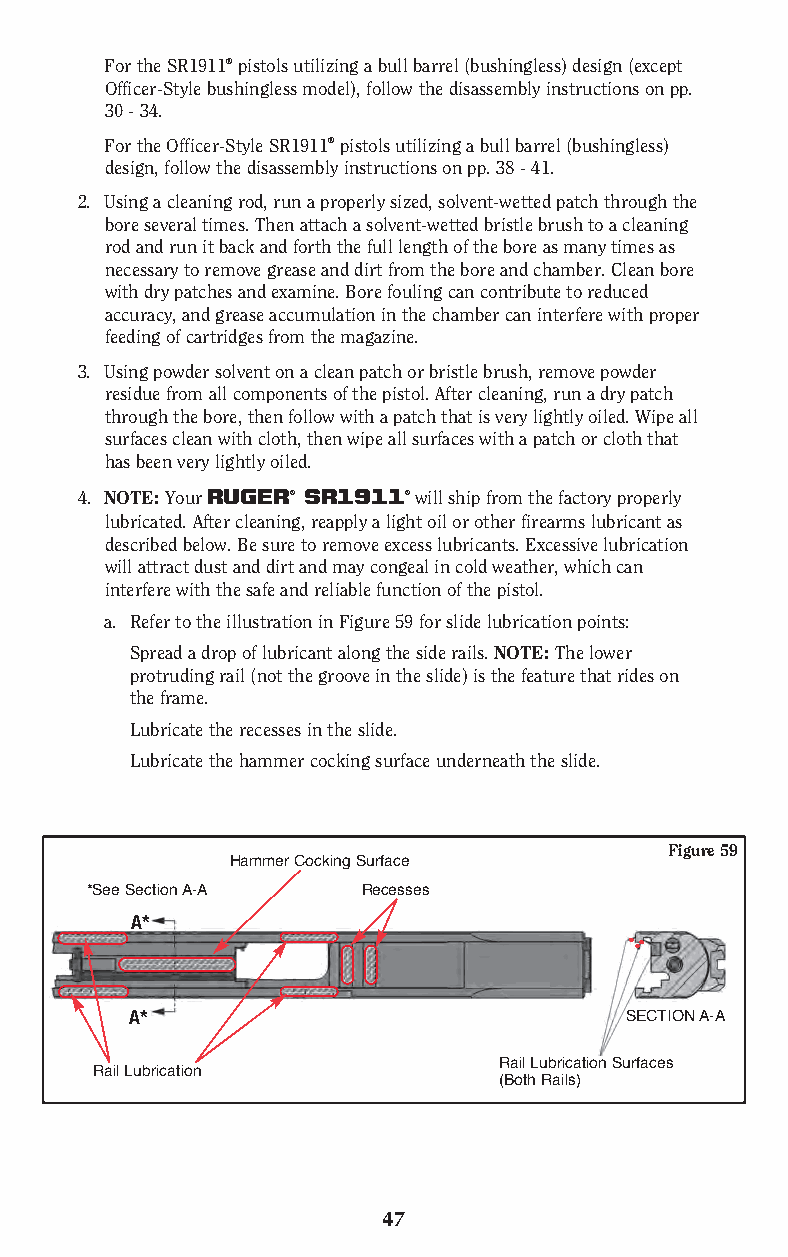
For the SR1911® pistols utilizing a bull barrel (bushingless) design (except
 Officer-Style bushingless model), follow the disassembly instructions on pp.
 30 - 34.
 For the Officer-Style SR1911® pistols utilizing a bull barrel (bushingless)
 design, follow the disassembly instructions on pp. 38 - 41.
 2. Using a cleaning rod, run a properly sized, solvent-wetted patch through the
 bore several times. Then attach a solvent-wetted bristle brush to a cleaning
 rod and run it back and forth the full length of the bore as many times as
 necessary to remove grease and dirt from the bore and chamber. Clean bore
 with dry patches and examine. Bore fouling can contribute to reduced
 accuracy, and grease accumulation in the chamber can interfere with proper
 feeding of cartridges from the magazine.
 3. Using powder solvent on a clean patch or bristle brush, remove powder
 residue from all components of the pistol. After cleaning, run a dry patch
 through the bore, then follow with a patch that is very lightly oiled. Wipe all
 surfaces clean with cloth, then wipe all surfaces with a patch or cloth that
 has been very lightly oiled.
 4. NOTE: Your RUGER® SR1911® will ship from the factory properly
 lubricated. After cleaning, reapply a light oil or other firearms lubricant as
 described below. Be sure to remove excess lubricants. Excessive lubrication
 will attract dust and dirt and may congeal in cold weather, which can
 interfere with the safe and reliable function of the pistol.
 a. Refer to the illustration in Figure 59 for slide lubrication points:
 Spread a drop of lubricant along the side rails. NOTE: The lower
 protruding rail (not the groove in the slide) is the feature that rides on
 the frame.
 Lubricate the recesses in the slide.
 Lubricate the hammer cocking surface underneath the slide.
 Figure 59
 Hammer Cocking Surface
 *See Section A-A  Recesses
 A*
 A*                              SECTION A-A
 Rail Lubrication Surfaces
 Rail Lubrication
 (Both Rails)
 47